Civil Veterinary Dept. Bombay admin report 1893-99 - 1893-1899
Year: 1893
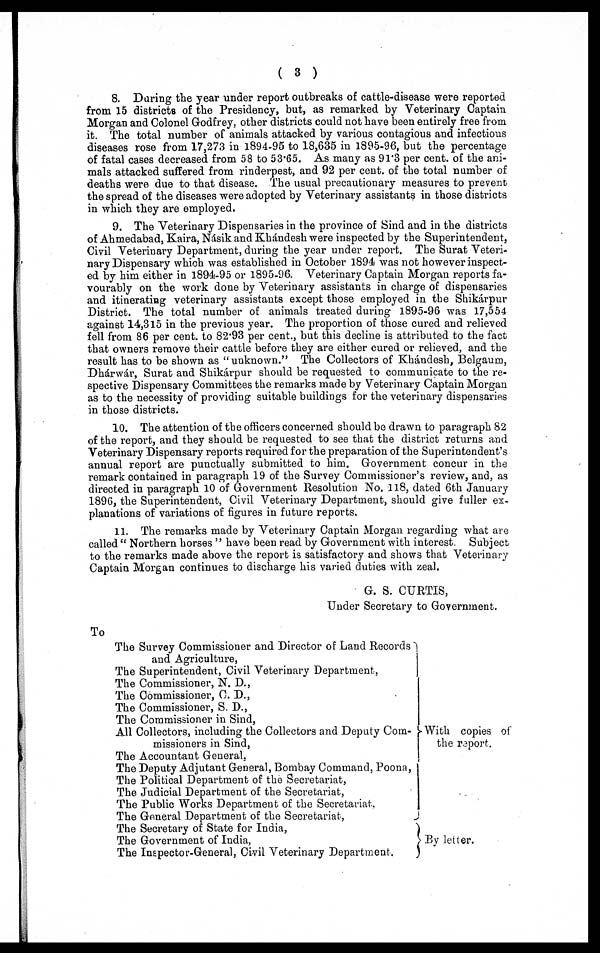
(3)
8. During the year under report outbreaks of cattle-disease were reported
from 15 districts of the Presidency, but, as remarked by Veterinary Captain
Morgan and Colonel Godfrey, other districts could not have been entirely free from
it. The total number of animals attacked by various contagious and infectious
diseases rose from 17,273 in 1894-95 to 18,635 in 1895-96, but the percentage
of fatal cases decreased from 58 to 53.65. As many as 91.3 per cent. of the ani-
mals attacked suffered from rinderpest, and 92 per cent. of the total number of
deaths were due to that disease. The usual precautionary measures to prevent
the spread of the diseases were adopted by Veterinary assistants in those districts
in which they are employed.
9. The Veterinary Dispensaries in the province of Sind and in the districts
of Ahmedabad, Kaira, Násik and Khándesh were inspected by the Superintendent,
Civil Veterinary Department, during the year under report. The Surat Veteri-
nary Dispensary which was established in October 1894 was not however inspect-
ed by him either in 1894-95 or 1895-96. Veterinary Captain Morgan reports fa-
vourably on the work done by Veterinary assistants in charge of dispensaries
and itinerating veterinary assistants except those employed in the Shikárpur
District. The total number of animals treated during 1895-96 was 17,554
against 14,315 in the previous year. The proportion of those cured and relieved
fell from 86 per cent. to 82.93 per cent., but this decline is attributed to the fact
that owners remove their cattle before they are either cured or relieved, and the
result has to be shown as "unknown." The Collectors of Khándesh, Belgaum,
Dhárwár, Surat and Shikárpur should be requested to communicate to the re-
spective Dispensary Committees the remarks made by Veterinary Captain Morgan
as to the necessity of providing suitable buildings for the veterinary dispensaries
in those districts.
10. The attention of the officers concerned should be drawn to paragraph 82
of the report, and they should be requested to see that the district returns and
Veterinary Dispensary reports required for the preparation of the Superintendent's
annual report are punctually submitted to him. Government concur in the
remark contained in paragraph 19 of the Survey Commissioner's review, and, as
directed in paragraph 10 of Government Resolution No. 118, dated 6th January
1896, the Superintendent, Civil Veterinary Department, should give fuller ex-
planations of variations of figures in future reports.
11. The remarks made by Veterinary Captain Morgan regarding what are
called "Northern horses" have been read by Government with interest. Subject
to the remarks made above the report is satisfactory and shows that Veterinary
Captain Morgan continues to discharge his varied duties with zeal.
G. S. CURTIS,
Under Secretary to Government.
To
The Survey Commissioner and Director of Land Records
and Agriculture,
The Superintendent, Civil Veterinary Department,
The Commissioner, N. D.,
The Commissioner, C. D.,
The Commissioner, S. D.,
The Commissioner in Sind,
All Collectors, including the Collectors and Deputy Com¬
missioners in Sind,
The Accountant General,
The Deputy Adjutant General, Bombay Command, Poona,
The Political Department of the Secretariat,
The Judicial Department of the Secretariat,
The Public Works Department of the Secretariat,
The General Department of the Secretariat,
The Secretary of State for India,
The Government of India,
The Inspector-General, Civil Veterinary Department.
With copies of
the report.
By letter.